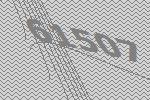
61507